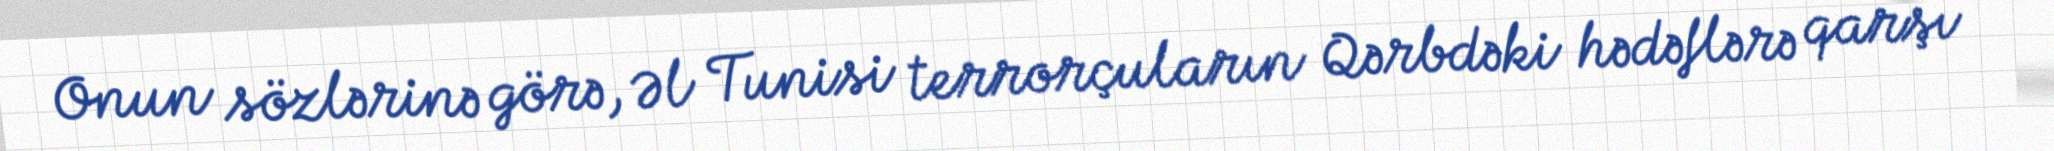
Onun sözlərinə görə, Əl Tunisi terrorçuların Qərbdəki hədəflərə qarşı